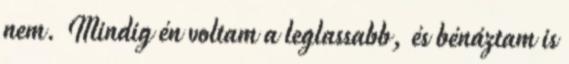
nem. Mindig én voltam a leglassabb, és bénáztam is